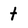
Character: t